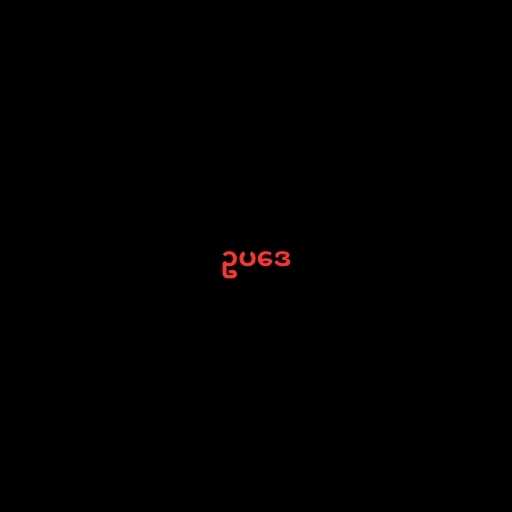
ဥပဒေ